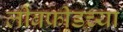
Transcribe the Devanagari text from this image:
लीबफ्रीडच्या